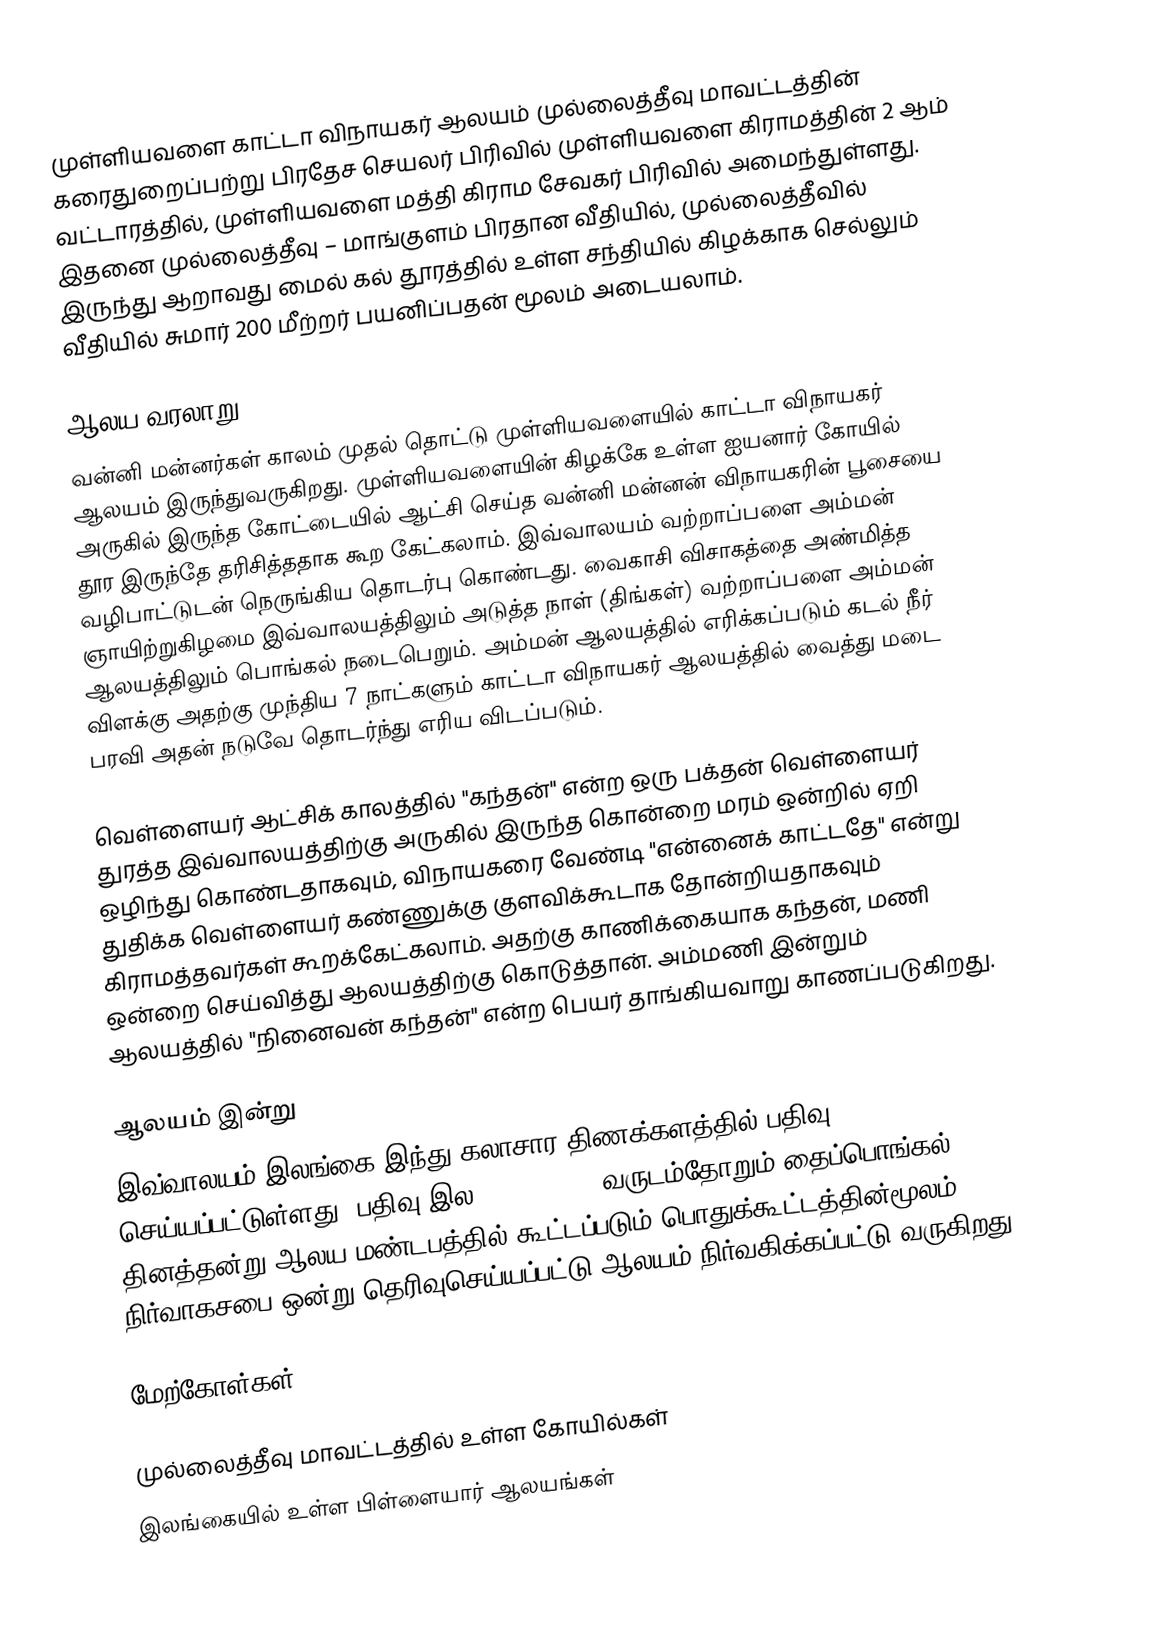
முள்ளியவளை காட்டா விநாயகர் ஆலயம் முல்லைத்தீவு மாவட்டத்தின் கரைதுறைப்பற்று பிரதேச செயலர் பிரிவில் முள்ளியவளை கிராமத்தின் 2 ஆம் வட்டாரத்தில், முள்ளியவளை மத்தி கிராம சேவகர் பிரிவில் அமைந்துள்ளது. இதனை முல்லைத்தீவு – மாங்குளம் பிரதான வீதியில், முல்லைத்தீவில் இருந்து ஆறாவது மைல் கல் தூரத்தில் உள்ள சந்தியில் கிழக்காக செல்லும் வீதியில் சுமார் 200 மீற்றர் பயனிப்பதன் மூலம் அடையலாம்.

ஆலய வரலாறு
வன்னி மன்னர்கள் காலம் முதல் தொட்டு முள்ளியவளையில் காட்டா விநாயகர் ஆலயம் இருந்துவருகிறது. முள்ளியவளையின் கிழக்கே உள்ள ஐயனார் கோயில் அருகில் இருந்த கோட்டையில் ஆட்சி செய்த வன்னி மன்னன் விநாயகரின் பூசையை தூர இருந்தே தரிசித்ததாக கூற கேட்கலாம். இவ்வாலயம் வற்றாப்பளை அம்மன் வழிபாட்டுடன் நெருங்கிய தொடர்பு கொண்டது. வைகாசி விசாகத்தை அண்மித்த ஞாயிற்றுகிழமை இவ்வாலயத்திலும் அடுத்த நாள் (திங்கள்) வற்றாப்பளை அம்மன் ஆலயத்திலும்  பொங்கல் நடைபெறும். அம்மன் ஆலயத்தில் எரிக்கப்படும் கடல் நீர் விளக்கு அதற்கு முந்திய 7 நாட்களும் காட்டா விநாயகர் ஆலயத்தில் வைத்து மடை பரவி அதன் நடுவே தொடர்ந்து எரிய விடப்படும்.

வெள்ளையர் ஆட்சிக் காலத்தில் "கந்தன்" என்ற ஒரு பக்தன் வெள்ளையர் துரத்த இவ்வாலயத்திற்கு அருகில் இருந்த கொன்றை மரம் ஒன்றில் ஏறி ஒழிந்து கொண்டதாகவும், விநாயகரை வேண்டி  "என்னைக் காட்டதே" என்று துதிக்க வெள்ளையர் கண்ணுக்கு குளவிக்கூடாக தோன்றியதாகவும் கிராமத்தவர்கள் கூறக்கேட்கலாம். அதற்கு காணிக்கையாக கந்தன், மணி ஒன்றை செய்வித்து ஆலயத்திற்கு கொடுத்தான். அம்மணி இன்றும் ஆலயத்தில் "நினைவன் கந்தன்" என்ற பெயர் தாங்கியவாறு காணப்படுகிறது.

ஆலயம் இன்று
இவ்வாலயம் இலங்கை இந்து கலாசார திணக்களத்தில் பதிவு செய்யப்பட்டுள்ளது. பதிவு இல:HA/5/MU/03. வருடம்தோறும் தைப்பொங்கல் தினத்தன்று ஆலய மண்டபத்தில் கூட்டப்படும் பொதுக்கூட்டத்தின்மூலம் நிர்வாகசபை ஒன்று தெரிவுசெய்யப்பட்டு ஆலயம் நிர்வகிக்கப்பட்டு வருகிறது.

மேற்கோள்கள்

முல்லைத்தீவு மாவட்டத்தில் உள்ள கோயில்கள்
இலங்கையில் உள்ள பிள்ளையார் ஆலயங்கள்